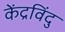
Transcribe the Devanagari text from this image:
केंद्रविंदु